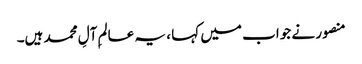
منصور نے جواب میں کہا ، یہ عالمِ آلِ محمد ہیں۔